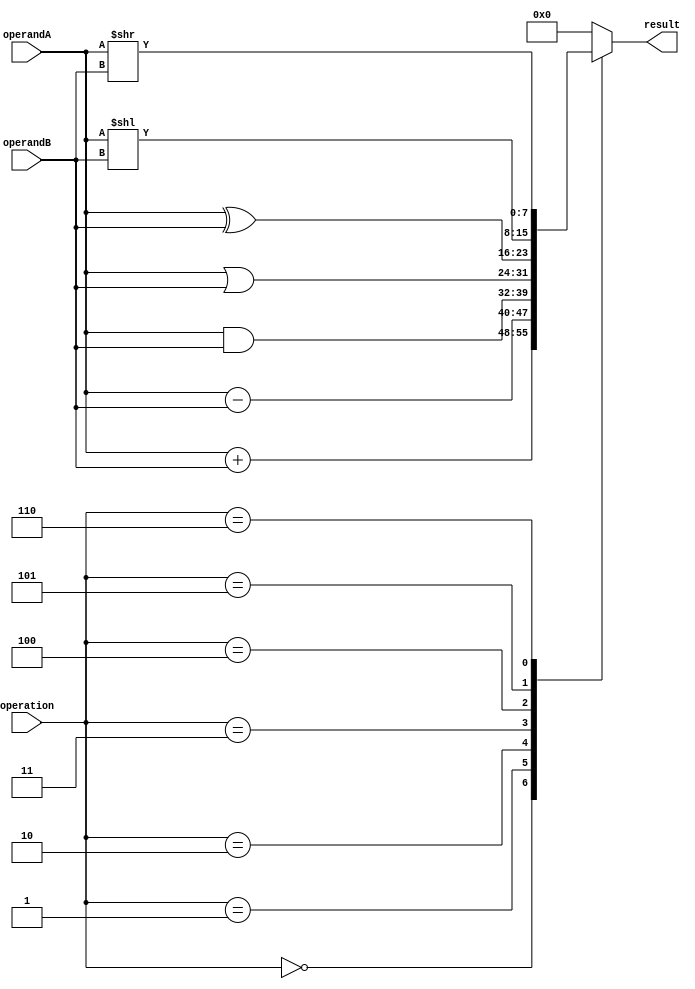
module ALU(input [7:0] operandA, operandB, input [2:0] operation, output reg [7:0] result);

always @ (operandA, operandB, operation)
begin
    case(operation)
        3'b000: result = operandA + operandB; // adder
        3'b001: result = operandA - operandB; // subtractor
        3'b010: result = operandA & operandB; // AND gate
        3'b011: result = operandA | operandB; // OR gate
        3'b100: result = operandA ^ operandB; // XOR gate
        3'b101: result = operandA << operandB; // left shifter
        3'b110: result = operandA >> operandB; // right shifter
        default: result = 8'b0; // default to 0
    endcase
end

endmodule